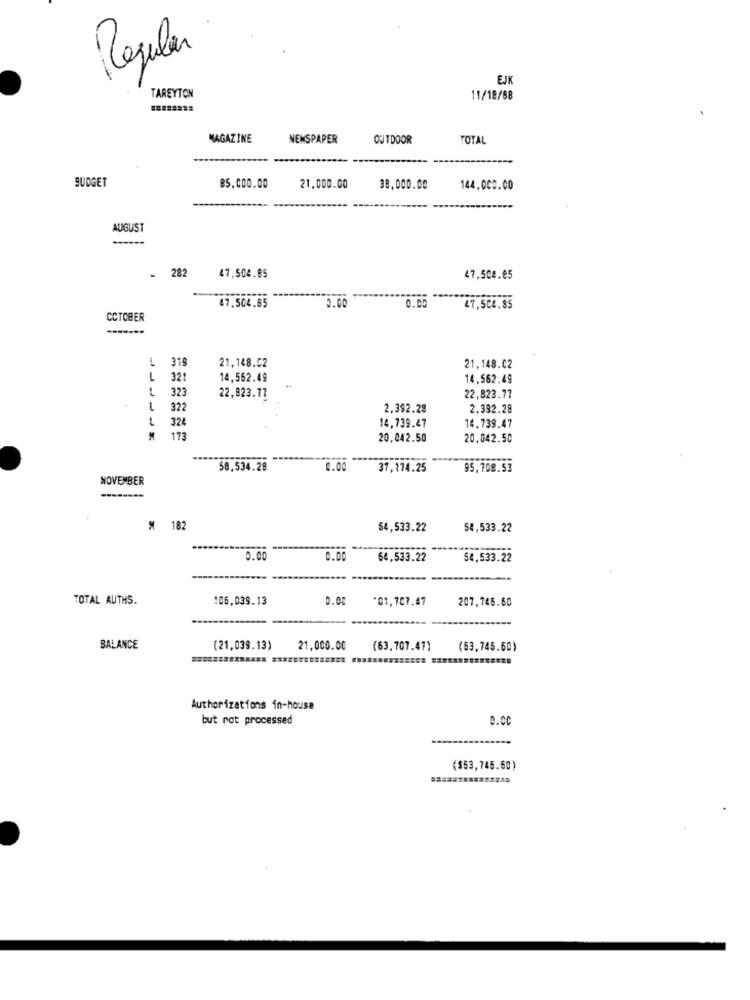
Regula
EJK
TAREYTON
11/18/88
MAGAZINE
NEWSPAPER
OUTDOOR
TOTAL
BUDGET
BS.000.00
21,000.00
38,000.00
144.000.00
AUGUST
- 282
47,504.85
47,508.85
47.504.85
5.00
0.0
47,504.85
CCTCBER
-------
L 319
21,148.52
21,148.02
L
321
14,562.49
14,562.49
323
-
22,823.17
22,823.77
1
322
2,392.28
2,392.28
324
14,739.47
14,739.47
M
173
20,042.50
20,042.50
58.534.28
0.00
37,174.25
95.708.53
NOVEMBER
# 182
$4,533.22
54,533.22
0.00
0.00
64,533.22
$4,533.22
TOTAL AUTHS.
106,039.13
0.00
*01,707.47
207,145.60
BALANCE
(21,039.13)
21,000.00
(63.707.47)
(63,745.50)
Authorizations in-house
but not processed
0.00
($63,745.60)